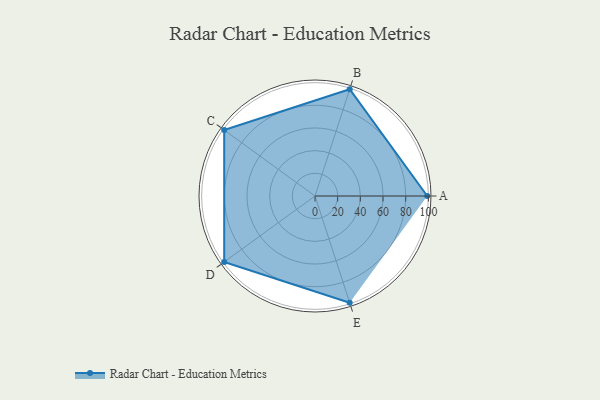
{"axis": {"x": "Skill", "y": "Score"}, "legend": ["Profile"], "data": [{"x": "A", "y": 99, "type": "Profile"}, {"x": "B", "y": 99, "type": "Profile"}, {"x": "C", "y": 99, "type": "Profile"}, {"x": "D", "y": 99, "type": "Profile"}, {"x": "E", "y": 99, "type": "Profile"}]}